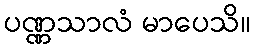
ပဏ္ဏသာလံ မာပေသိ။